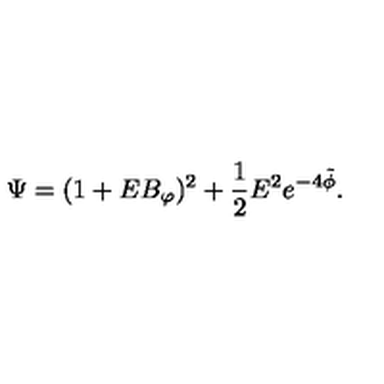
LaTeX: \Psi = ( 1 + E B _ { \varphi } ) ^ { 2 } + \frac { 1 } { 2 } E ^ { 2 } e ^ { - 4 \tilde { \phi } } .